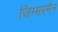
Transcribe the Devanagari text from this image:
जिम्मरमैन